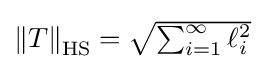
{\textstyle \left\|T\right\|_{\operatorname {HS} }={\sqrt {\sum _{i=1}^{\infty }\ell _{i}^{2}}}}